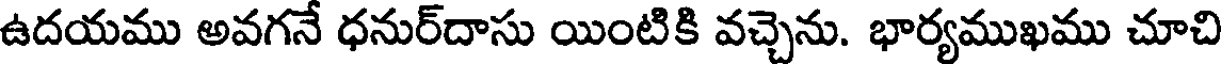
ఉదయము అవగనే ధనుర్దాసు యింటికి వచ్చెను. భార్యముఖము చూచి